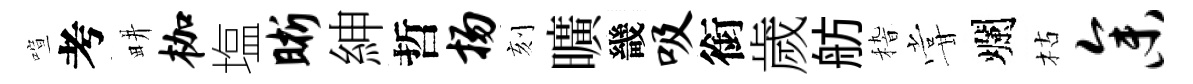
喧考畊枷塩晰紳哲扬刻曠畿吸銜歲舫𥟵甞爛枯参